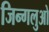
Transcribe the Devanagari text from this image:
जिन्गलुओ